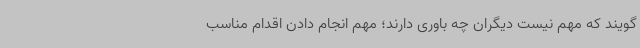
‌گویند که مهم نیست دیگران چه باوری دارند؛ مهم انجام دادن اقدام مناسب